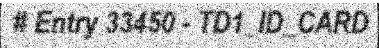
# Entry 33450 - TD1_ID_CARD